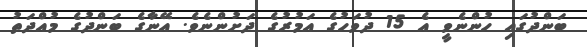
ބަންދުގައި ހުންނެވީ އެ 15 ދުވަހުގެ އަމުރުގެ ދަށުންނެވެ. އޭނާގެ ބަންދުގެ މުއްދަތު